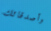
وأصدقائك